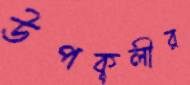
উপকূলীর